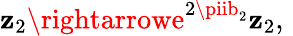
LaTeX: \mathbf{z}_{2}\rightarrowe^{2\piib_{2}}\mathbf{z}_{2},\, \,